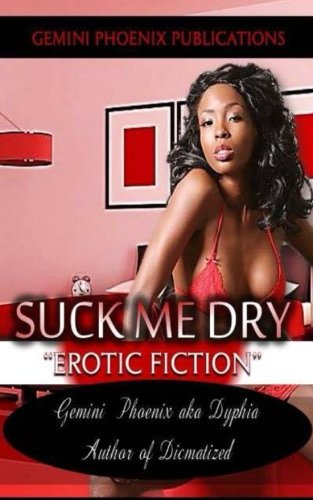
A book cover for Suck Me Dry: Erotic Fiction; Gemini Phoenix; Romance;